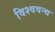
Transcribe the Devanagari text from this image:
विश्ववन्द्य